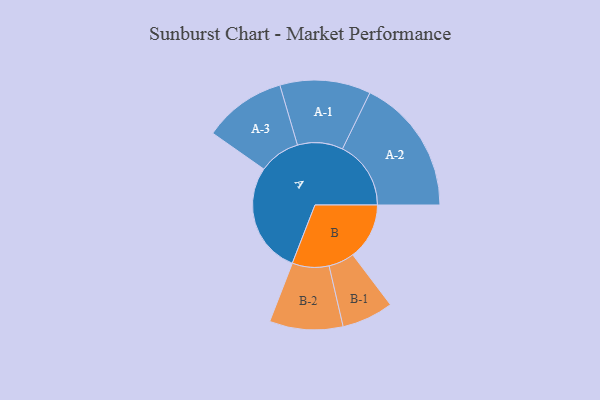
{"axis": {"x": "Segment", "y": "Value"}, "legend": ["", "A", "B"], "data": [{"x": "A", "y": 487, "type": ""}, {"x": "B", "y": 248, "type": ""}, {"x": "A-1", "y": 199, "type": "A"}, {"x": "A-2", "y": 300, "type": "A"}, {"x": "A-3", "y": 181, "type": "A"}, {"x": "B-1", "y": 113, "type": "B"}, {"x": "B-2", "y": 161, "type": "B"}]}